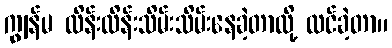
ကျွန်မ ထိန်းထိန်းသိမ်းသိမ်းနေခဲ့တာလို့ ထင်ခဲ့တာ။